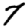
Digit: 7